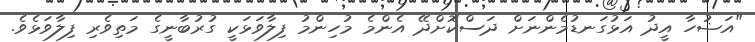
"އަޟުހާ އީދު އަޅުގަނޑުމެންނަށް ދަސްކޮށްދޭ އެންމެ މުހިންމު ފިލާވަޅަކީ ގުރުބާނީގެ މަތިވެރި ފިލާވަޅެވެ.